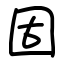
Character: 固